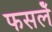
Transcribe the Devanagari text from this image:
फसलेँ